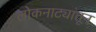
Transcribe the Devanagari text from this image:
लोकनाट्यांतून